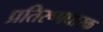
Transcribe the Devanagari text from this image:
प्रतिरूपधारक